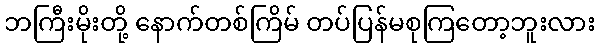
ဘကြီးမိုးတို့ နောက်တစ်ကြိမ် တပ်ပြန်မစုကြတော့ဘူးလား